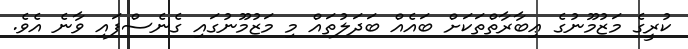
ކުރީގެ މަޒުމޫނުގެ ޢިބާރާތްތަކަށް ބައެއް ބަދަލުތައް މި މަޒުމޫނުގައި ގެނެސްފައި ވާނެ އެވެ.